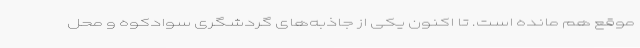
موقع هم مانده است. تا اکنون یکی از جاذبه‌های گردشگری سوادکوه و محل